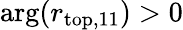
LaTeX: \arg(r_{\mathrm{top,11}})>0